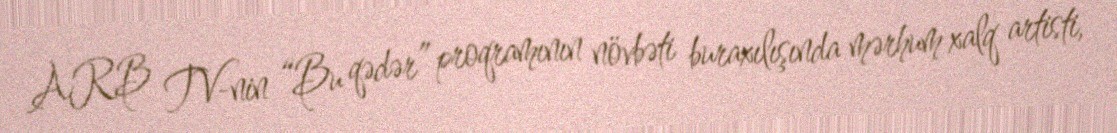
ARB TV-nin “Bu qədər” proqramının növbəti buraxılışında mərhum xalq artisti,